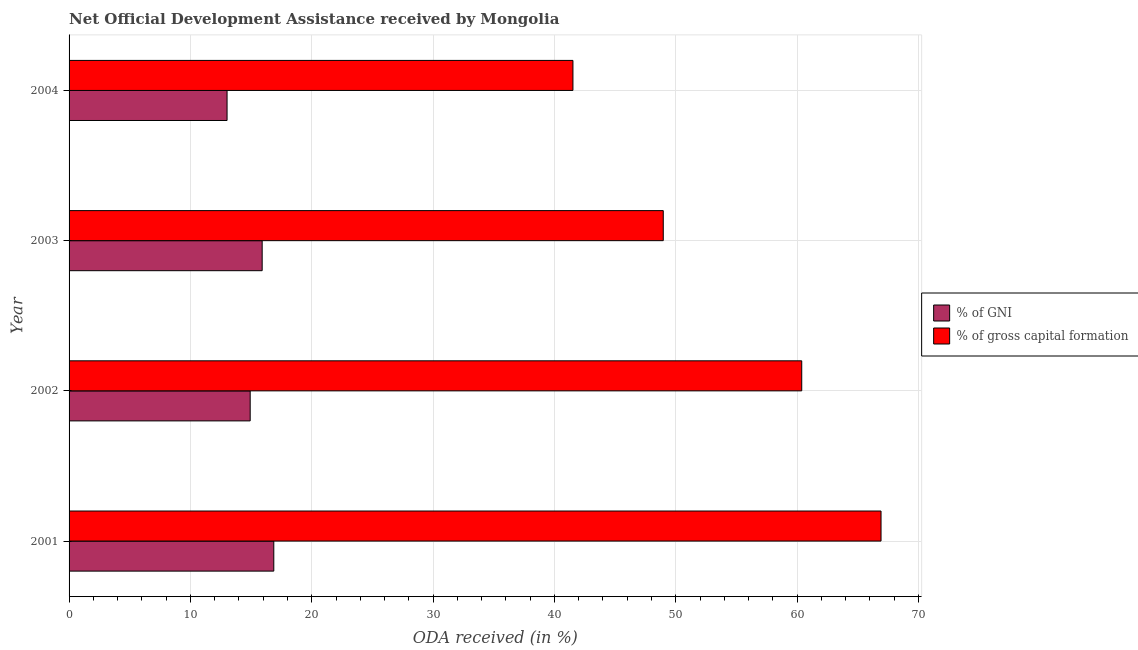
| Year | % of GNI | % of gross capital formation |
 | --- | --- | --- |
 | 2001 | 16.9 | 66.9 |
 | 2002 | 14.9 | 60.4 |
 | 2003 | 15.9 | 49 |
 | 2004 | 13 | 41.5 |